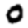
Digit: 0